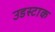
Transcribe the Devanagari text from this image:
उडस्टाक